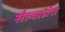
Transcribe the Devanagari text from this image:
सैल्वाडॉरा